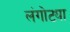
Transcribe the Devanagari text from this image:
लंगोट्या